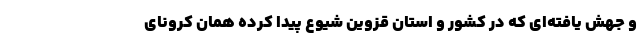
و جهش یافته‌ای که در کشور و استان قزوین شیوع پیدا کرده همان کرونای